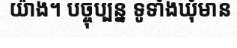
យ៉ាង។ បច្ចុប្បន្ន ទូទាំងឃុំមាន